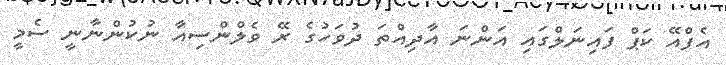
އެފްއޭ ކަޕް ފައިނަލްގައި އަންނަ އާދިއްތަ ދުވަހުގެ ރޭ ވެލްންސިއާ ނުކުންނާނީ ސެމީ